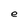
Character: e